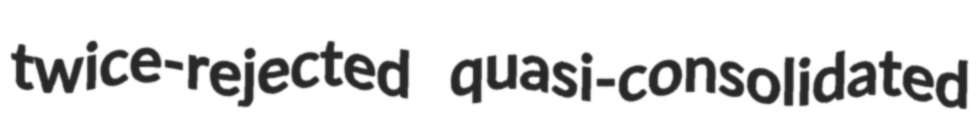
twice-rejected quasi-consolidated